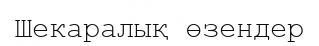
Шекаралық өзендер